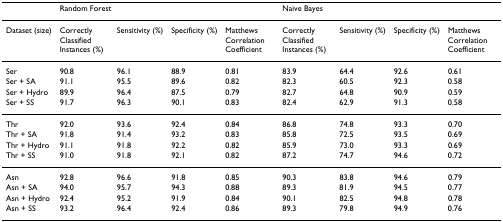
<table><thead><tr><td>[EMPTY_CELL]</td><td colspan="4"><b>Random Forest</b></td><td colspan="4"><b>Naïve Bayes</b></td></tr></thead><tbody><tr><td>Dataset (size)</td><td>Correctly Classified Instances (%)</td><td>Sensitivity (%)</td><td>Specificity (%)</td><td>Matthews Correlation Coefficient</td><td>Correctly Classified Instances (%)</td><td>Sensitivity (%)</td><td>Specificity (%)</td><td>Matthews Correlation Coefficient</td></tr><tr><td>Ser</td><td>90.8</td><td>96.1</td><td>88.9</td><td>0.81</td><td>83.9</td><td>64.4</td><td>92.6</td><td>0.61</td></tr><tr><td>Ser + SA</td><td>91.1</td><td>95.5</td><td>89.6</td><td>0.82</td><td>82.3</td><td>60.5</td><td>92.3</td><td>0.58</td></tr><tr><td>Ser + Hydro</td><td>89.9</td><td>96.4</td><td>87.5</td><td>0.79</td><td>82.7</td><td>64.8</td><td>90.9</td><td>0.59</td></tr><tr><td>Ser + SS</td><td>91.7</td><td>96.3</td><td>90.1</td><td>0.83</td><td>82.4</td><td>62.9</td><td>91.3</td><td>0.58</td></tr><tr><td>Thr</td><td>92.0</td><td>93.6</td><td>92.4</td><td>0.84</td><td>86.8</td><td>74.8</td><td>93.3</td><td>0.70</td></tr><tr><td>Thr + SA</td><td>91.8</td><td>91.4</td><td>93.2</td><td>0.83</td><td>85.8</td><td>72.5</td><td>93.5</td><td>0.69</td></tr><tr><td>Thr + Hydro</td><td>91.1</td><td>91.8</td><td>92.2</td><td>0.82</td><td>85.9</td><td>73.0</td><td>93.3</td><td>0.69</td></tr><tr><td>Thr + SS</td><td>91.0</td><td>91.8</td><td>92.1</td><td>0.82</td><td>87.2</td><td>74.7</td><td>94.6</td><td>0.72</td></tr><tr><td>Asn</td><td>92.8</td><td>96.6</td><td>91.8</td><td>0.85</td><td>90.3</td><td>83.8</td><td>94.6</td><td>0.79</td></tr><tr><td>Asn + SA</td><td>94.0</td><td>95.7</td><td>94.3</td><td>0.88</td><td>89.3</td><td>81.9</td><td>94.5</td><td>0.77</td></tr><tr><td>Asn + Hydro</td><td>92.4</td><td>95.2</td><td>91.9</td><td>0.84</td><td>90.1</td><td>82.5</td><td>94.8</td><td>0.78</td></tr><tr><td>Asn + SS</td><td>93.2</td><td>96.4</td><td>92.4</td><td>0.86</td><td>89.3</td><td>79.8</td><td>94.9</td><td>0.76</td></tr></tbody></table>